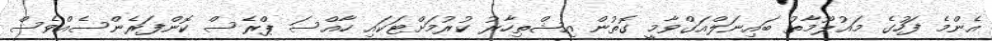
އެންމެ ފަހުގެ މައުލޫމާތު ބައިނަލްއަގްވާމީ ގޮތުން އިޝްތިހާރު ކުރުމަށްޓަކައި ހާއްސަ ޕްރެސް ކޮންފަރެންސެއްވެސް